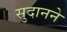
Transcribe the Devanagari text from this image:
सुदानने